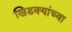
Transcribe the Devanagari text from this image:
खिडक्यांच्या